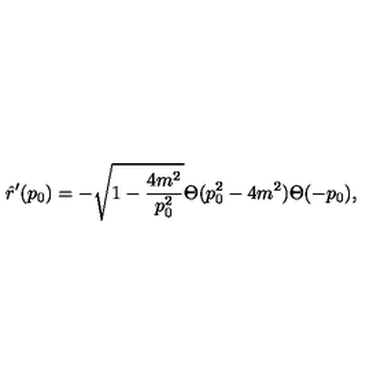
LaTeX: \hat { r } ^ { \prime } ( p _ { 0 } ) = - \sqrt { 1 - \frac { 4 m ^ { 2 } } { p _ { 0 } ^ { 2 } } } \Theta ( p _ { 0 } ^ { 2 } - 4 m ^ { 2 } ) \Theta ( - p _ { 0 } ) ,